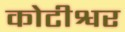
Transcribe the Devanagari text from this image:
कोटीश्वर